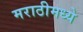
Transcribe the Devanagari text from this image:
मराठीमध्‍ये